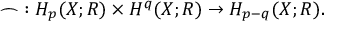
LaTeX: \frown \; : H _ { p } ( X ; R ) \times H ^ { q } ( X ; R ) \rightarrow H _ { p - q } ( X ; R ) .